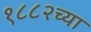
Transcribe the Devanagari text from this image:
१८८२च्या